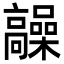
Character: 髞